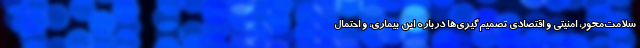
سلامت‌محور، امنیتی و اقتصادی تصمیم‌گیری‌ها درباره این بیماری، و احتمال